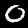
Digit: 0